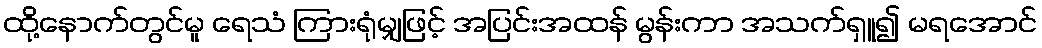
ထို့နောက်တွင်မူ ရေသံ ကြားရုံမျှဖြင့် အပြင်းအထန် မွန်းကာ အသက်ရှူ၍ မရအောင်